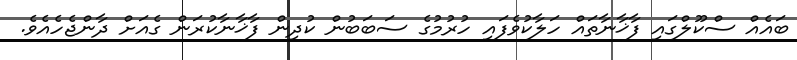
ބައެއް ސްކޫލްގައި ފާޚާނާތައް ހަލާކުވެފައި ހުރުމުގެ ސަބަބުން ކުދިން ފާޚާނާކުރަން ގެއަށް ދާންޖެހެއެވެ.